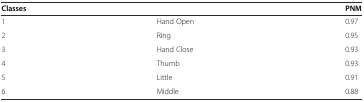
<table><thead><tr><td colspan="2"><b>Classes</b></td><td><b>PNM</b></td></tr></thead><tbody><tr><td>1</td><td>Hand Open</td><td>0.97</td></tr><tr><td>2</td><td>Ring</td><td>0.95</td></tr><tr><td>3</td><td>Hand Close</td><td>0.93</td></tr><tr><td>4</td><td>Thumb</td><td>0.93</td></tr><tr><td>5</td><td>Little</td><td>0.91</td></tr><tr><td>6</td><td>Middle</td><td>0.88</td></tr></tbody></table>